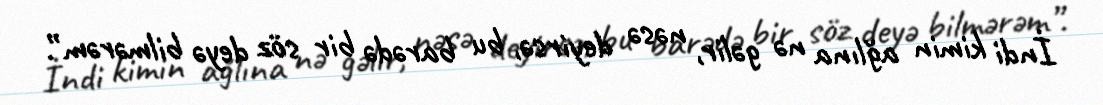
İndi kimin ağlına nə gəlir, nəsə deyirsə, bu barədə bir söz deyə bilmərəm”.